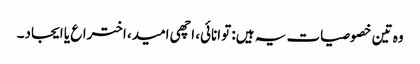
وہ تین خصوصیات یہ ہیں: توانائی، اچھی امید، اختراع یا ایجاد۔